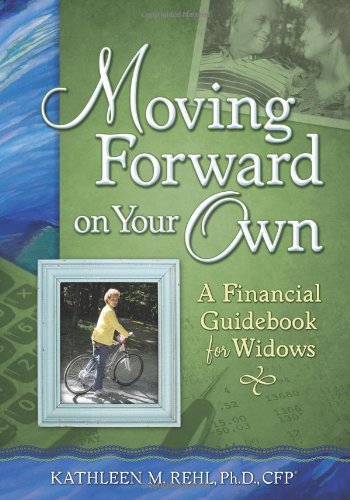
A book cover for Moving Forward on Your Own: A Financial Guidebook for Widows; Kathleen M. Rehl Ph.D. CFP; Self-Help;